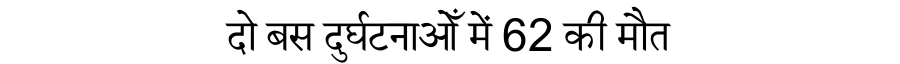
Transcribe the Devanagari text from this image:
दो बस दुर्घटनाओँ में 62 की मौत